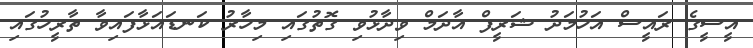
އީސީގެ ރައީސް އަހުމަދު ޝަރީފް އާދަމް ވިދާޅުވި ގޮތުގައި މިހާރު ކަނޑައަޅާފައިވާ ތާރީހުގައި